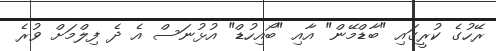
ރޭހުގެ ކުރީގައި "ބާޑްމޭން" އާއި "ބޯއިހުޑް" އުޅުނަސް އެ ދެ ފިލްމަށް ވުރެ